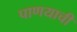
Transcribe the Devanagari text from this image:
पाणयाची